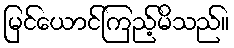
မြင်ယောင်ကြည့်မိသည်။